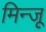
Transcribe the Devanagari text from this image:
मिन्जू